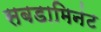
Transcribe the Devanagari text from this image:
सबडामिनंट